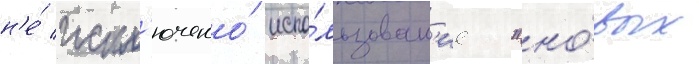
н'е́ искл'ючено́ испо́льзован'ие "но́вых